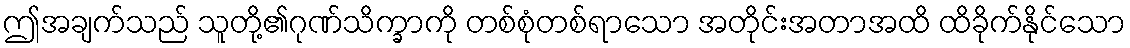
ဤအချက်သည် သူတို့၏ဂုဏ်သိက္ခာကို တစ်စုံတစ်ရာသော အတိုင်းအတာအထိ ထိခိုက်နိုင်သော